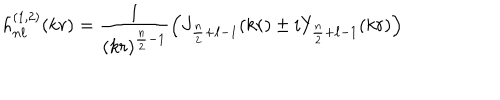
h _ { n \ell } ^ { ( 1 , 2 ) } ( k r ) = \frac { 1 } { ( k r ) ^ { \frac { n } { 2 } - 1 } } \left( J _ { \frac { n } { 2 } + \ell - 1 } ( k r ) \pm i Y _ { \frac { n } { 2 } + \ell - 1 } ( k r ) \right)